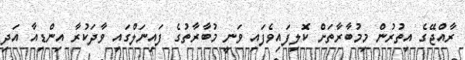
ރާއްޖޭގެ އިތުރުން މިމުބާރާތަށް ކޮލިފައިވެފައި ވަނީ މުބާރާތުގެ ފައިނަލްގައި ވާދަކުރާ އިންޑިއާ އަދި